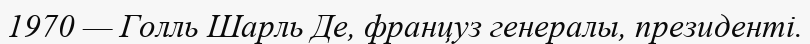
1970 — Голль Шарль Де, француз генералы, президенті.